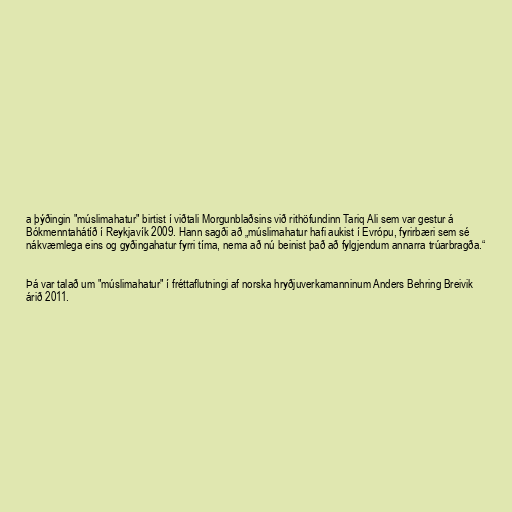
a þýðingin "múslimahatur" birtist í viðtali Morgunblaðsins við rithöfundinn Tariq Ali sem var gestur á
Bókmenntahátíð í Reykjavík 2009. Hann sagði að „múslimahatur hafi aukist í Evrópu, fyrirbæri sem sé
nákvæmlega eins og gyðingahatur fyrri tíma, nema að nú beinist það að fylgjendum annarra trúarbragða.“

Þá var talað um "múslimahatur" í fréttaflutningi af norska hryðjuverkamanninum Anders Behring Breivik
árið 2011.